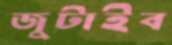
জুটাইব